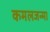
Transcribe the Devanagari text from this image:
कमलजन्मा